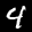
Label: 4